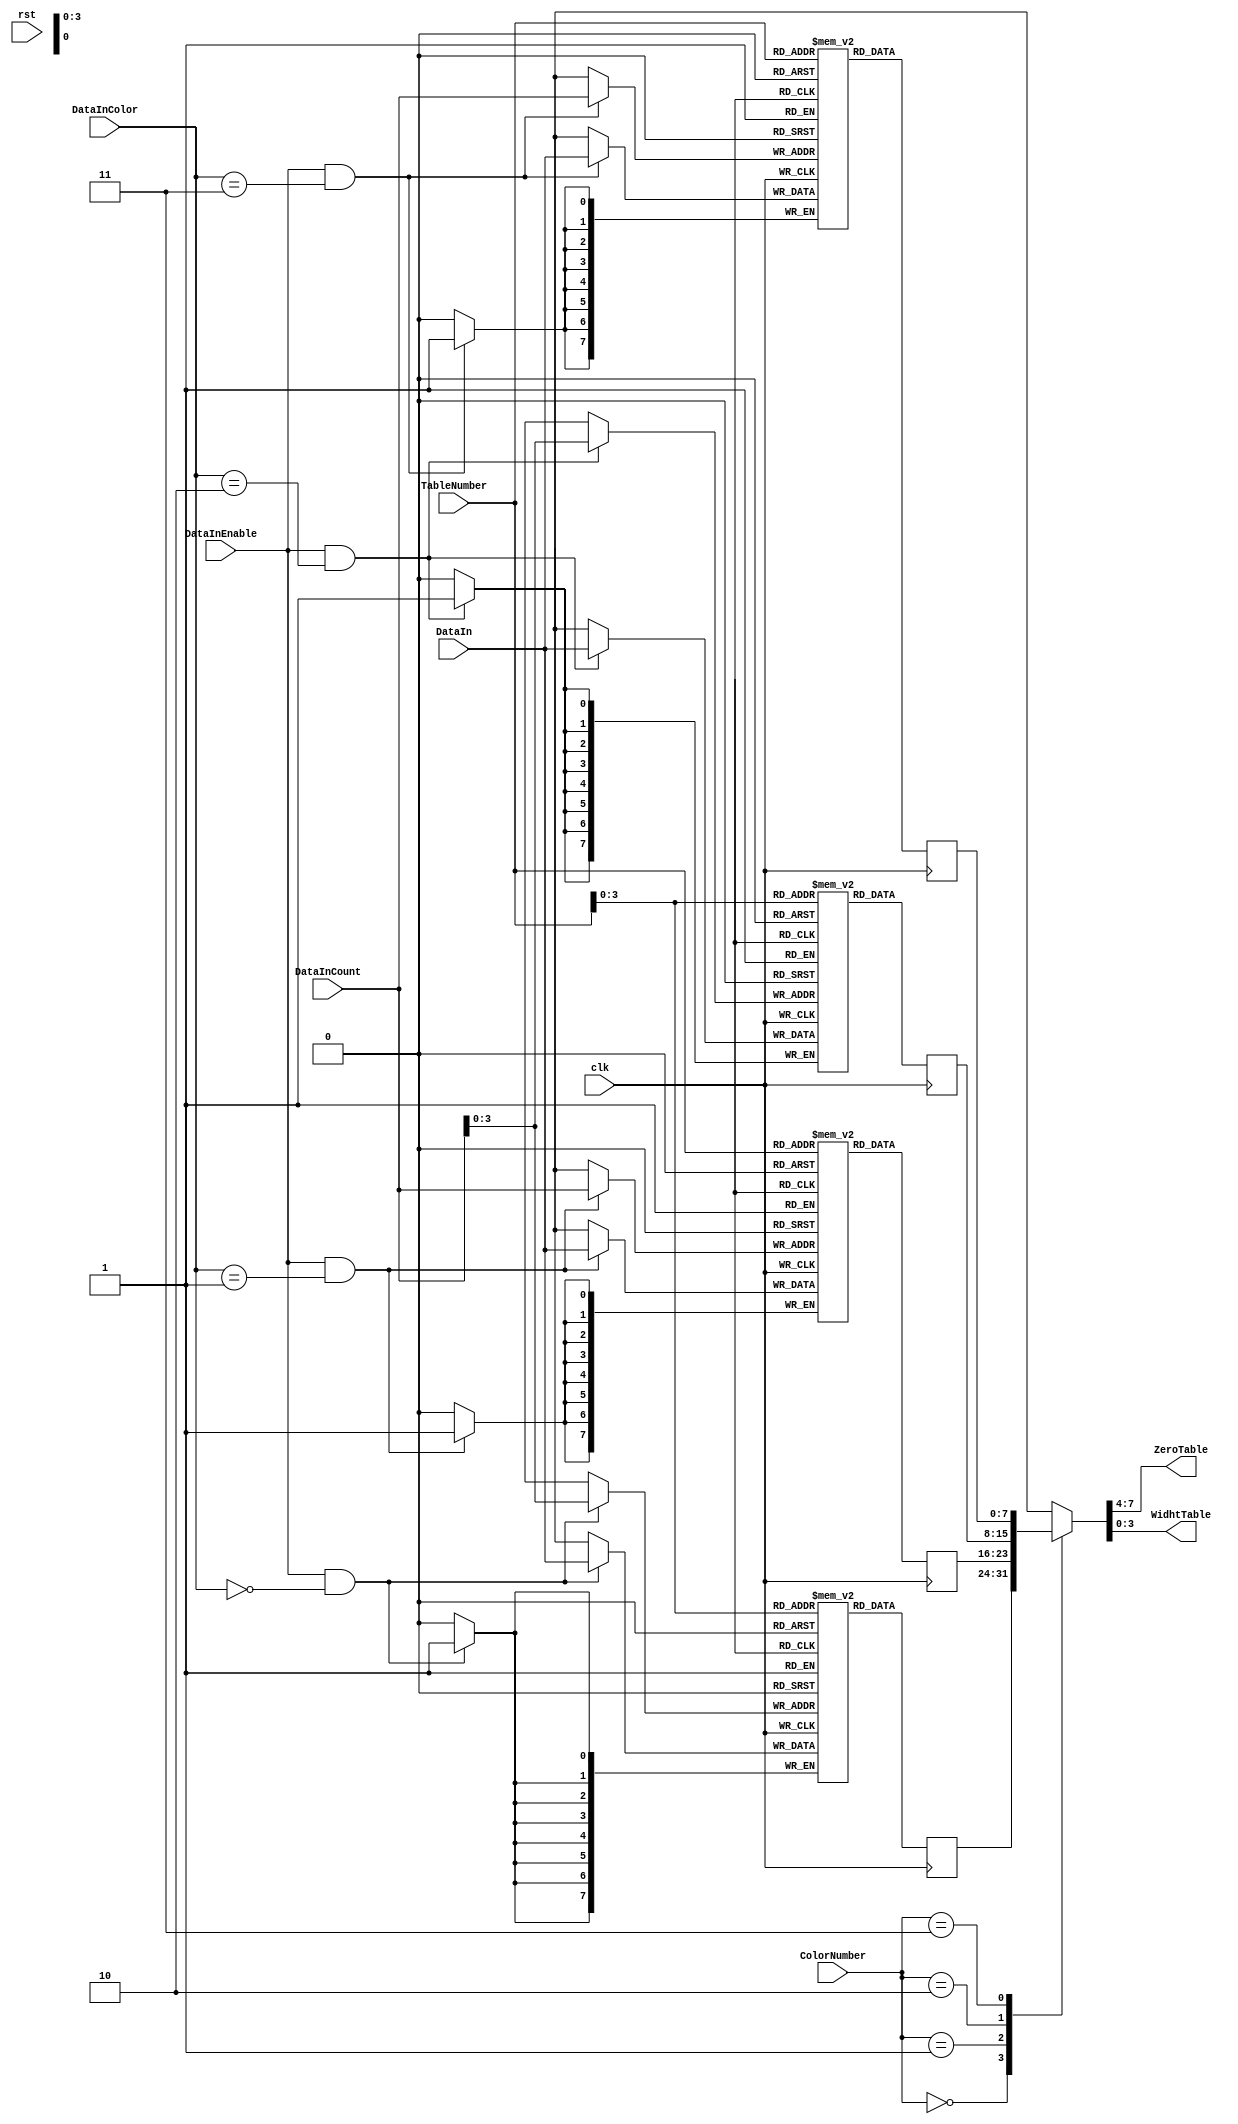
/*
 * Copyright (C)2006-2015 AQUAXIS TECHNOLOGY.
 *  Don't remove this header. 
 * When you use this source, there is a need to inherit this header.
 *
 * License
 *  For no commercial -
 *   License:     The Open Software License 3.0
 *   License URI: http://www.opensource.org/licenses/OSL-3.0
 *
 *  For commmercial -
 *   License:     AQUAXIS License 1.0
 *   License URI: http://www.aquaxis.com/licenses
 *
 * For further information please contact.
 *	URI:    http://www.aquaxis.com/
 */
`timescale 1ps / 1ps

module aq_djpeg_dht(
	input			rst,
	input			clk,

	input			DataInEnable,
	input [1:0]	DataInColor,
	input [7:0]	DataInCount,
	input [7:0]	DataIn,

	input [1:0]	ColorNumber,
	input [7:0]	TableNumber,
	output [3:0]	ZeroTable,
	output [3:0]	WidhtTable
);
	// RAM
	reg [7:0]	   DHT_Ydc [0:15];
	reg [7:0]	   DHT_Yac [0:255];
	reg [7:0]	   DHT_Cdc [0:15];
	reg [7:0]	   DHT_Cac [0:255];

	reg [7:0]	   ReadDataYdc;
	reg [7:0]	   ReadDataYac;
	reg [7:0]	   ReadDataCdc;
	reg [7:0]	   ReadDataCac;

	wire [7:0]	  ReadData;

	// RAM
	always @(posedge clk) begin
		if((DataInEnable == 1'b1) & (DataInColor == 2'b00)) begin
			DHT_Ydc[DataInCount[3:0]] <= DataIn;
		end
		if(DataInEnable ==1'b1 & DataInColor ==2'b01) begin
			DHT_Yac[DataInCount] <= DataIn;
		end
		if(DataInEnable ==1'b1 & DataInColor ==2'b10) begin
			DHT_Cdc[DataInCount[3:0]] <= DataIn;
		end
		if(DataInEnable ==1'b1 & DataInColor ==2'b11) begin
			DHT_Cac[DataInCount] <= DataIn;
		end
	end

	always @(posedge clk) begin
		ReadDataYdc[7:0] <= DHT_Ydc[TableNumber[3:0]];
		ReadDataYac[7:0] <= DHT_Yac[TableNumber];
		ReadDataCdc[7:0] <= DHT_Cdc[TableNumber[3:0]];
		ReadDataCac[7:0] <= DHT_Cac[TableNumber];
	end

	// Selector
	function [7:0] ReadDataSel;
		input [1:0]	ColorNumber;
		input [7:0]	ReadDataYdc;
		input [7:0]	ReadDataYac;
		input [7:0]	ReadDataCdc;
		input [7:0]	ReadDataCac;
		begin
			case (ColorNumber[1:0])
			2'b00: ReadDataSel[7:0] = ReadDataYdc[7:0];
			2'b01: ReadDataSel[7:0] = ReadDataYac[7:0];
			2'b10: ReadDataSel[7:0] = ReadDataCdc[7:0];
			2'b11: ReadDataSel[7:0] = ReadDataCac[7:0];
			endcase
		end
	endfunction

	assign ReadData = ReadDataSel(ColorNumber, ReadDataYdc, ReadDataYac, ReadDataCdc, ReadDataCac);

	assign ZeroTable  = ReadData[7:4];
	assign WidhtTable = ReadData[3:0];
endmodule